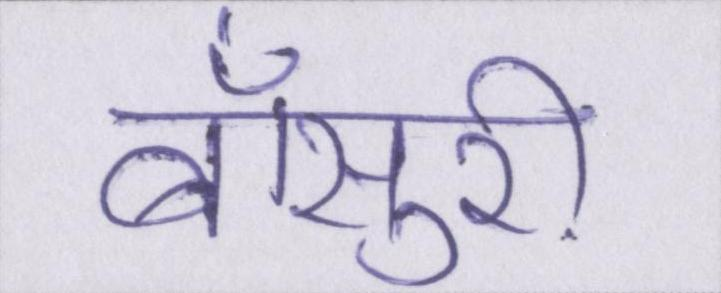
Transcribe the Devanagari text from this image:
बाँसुरी